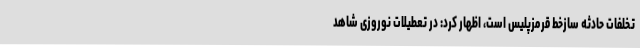
تخلفات حادثه سازخط قرمزپلیس است، اظهار کرد: در تعطیلات نوروزی شاهد